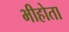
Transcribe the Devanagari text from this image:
भीहोता